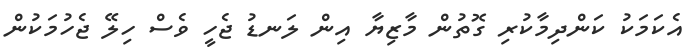
އެކަމަކު ކަންދިމާކުރި ގޮތުން މާޒިޔާ އިން ލަނޑު ޖެހީ ވެސް ހިލޭ ޖެހުމަކުން